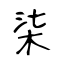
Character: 柒